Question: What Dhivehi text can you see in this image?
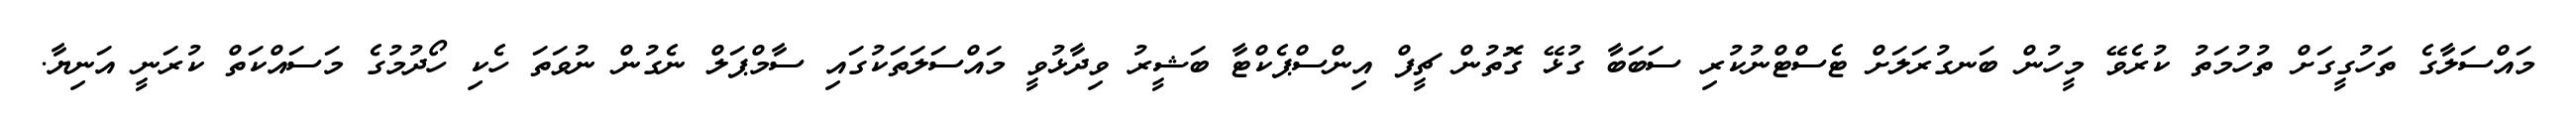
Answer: މައްސަލާގެ ތަހުގީގަށް ތުހުމަތު ކުރެވޭ މީހުން ބަނގުރަލަށް ޓެސްޓްނުކުރި ސަބަބާ ގުޅޭ ގޮތުން ޗީފް އިންސްޕެކްޓާ ބަޝީރު ވިދާޅުވީ މައްސަލަތަކުގައި ސާމްޕަލް ނެގުން ނުވަތަ ހެކި ހޯދުމުގެ މަސައްކަތް ކުރަނީ އަނިޔާ.